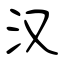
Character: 汉